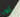
يأتون